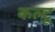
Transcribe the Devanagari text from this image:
कल्टू